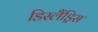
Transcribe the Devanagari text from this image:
डिस्लैंड्रिस